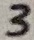
Text: 3